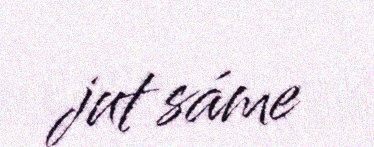
jut sáme